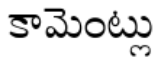
కామెంట్లు